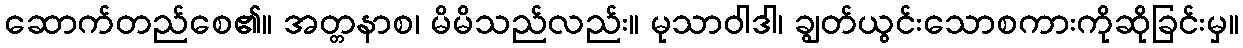
ဆောက်တည်စေ၏။ အတ္တနာစ၊ မိမိသည်လည်း။ မုသာဝါဒါ၊ ချွတ်ယွင်းသောစကားကိုဆိုခြင်းမှ။